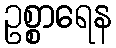
ဥစ္စာရေန